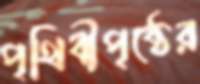
পৃথিবীপৃষ্ঠের